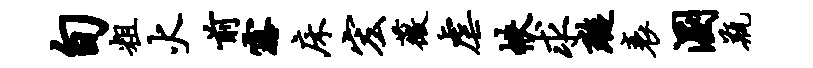
旬粗火前露床宏薇虐帙求璇衰溷瓶